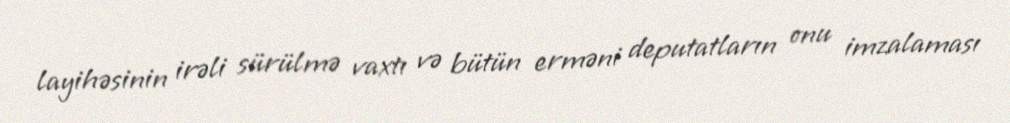
layihəsinin irəli sürülmə vaxtı və bütün erməni deputatların onu imzalaması